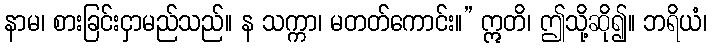
နာမ၊ စားခြင်းငှာမည်သည်။ န သက္ကာ၊ မတတ်ကောင်း။” ဣတိ၊ ဤသို့ဆို၍။ ဘရိယံ၊